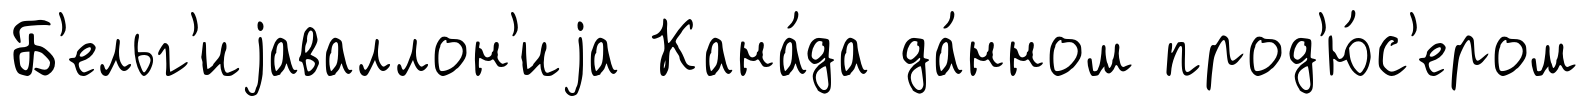
Б'ельг'иjаваллон'иjа Кана́да да́нном прод'ю́с'ером